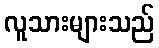
လူသားများသည်